Riigikantselei, lk 3
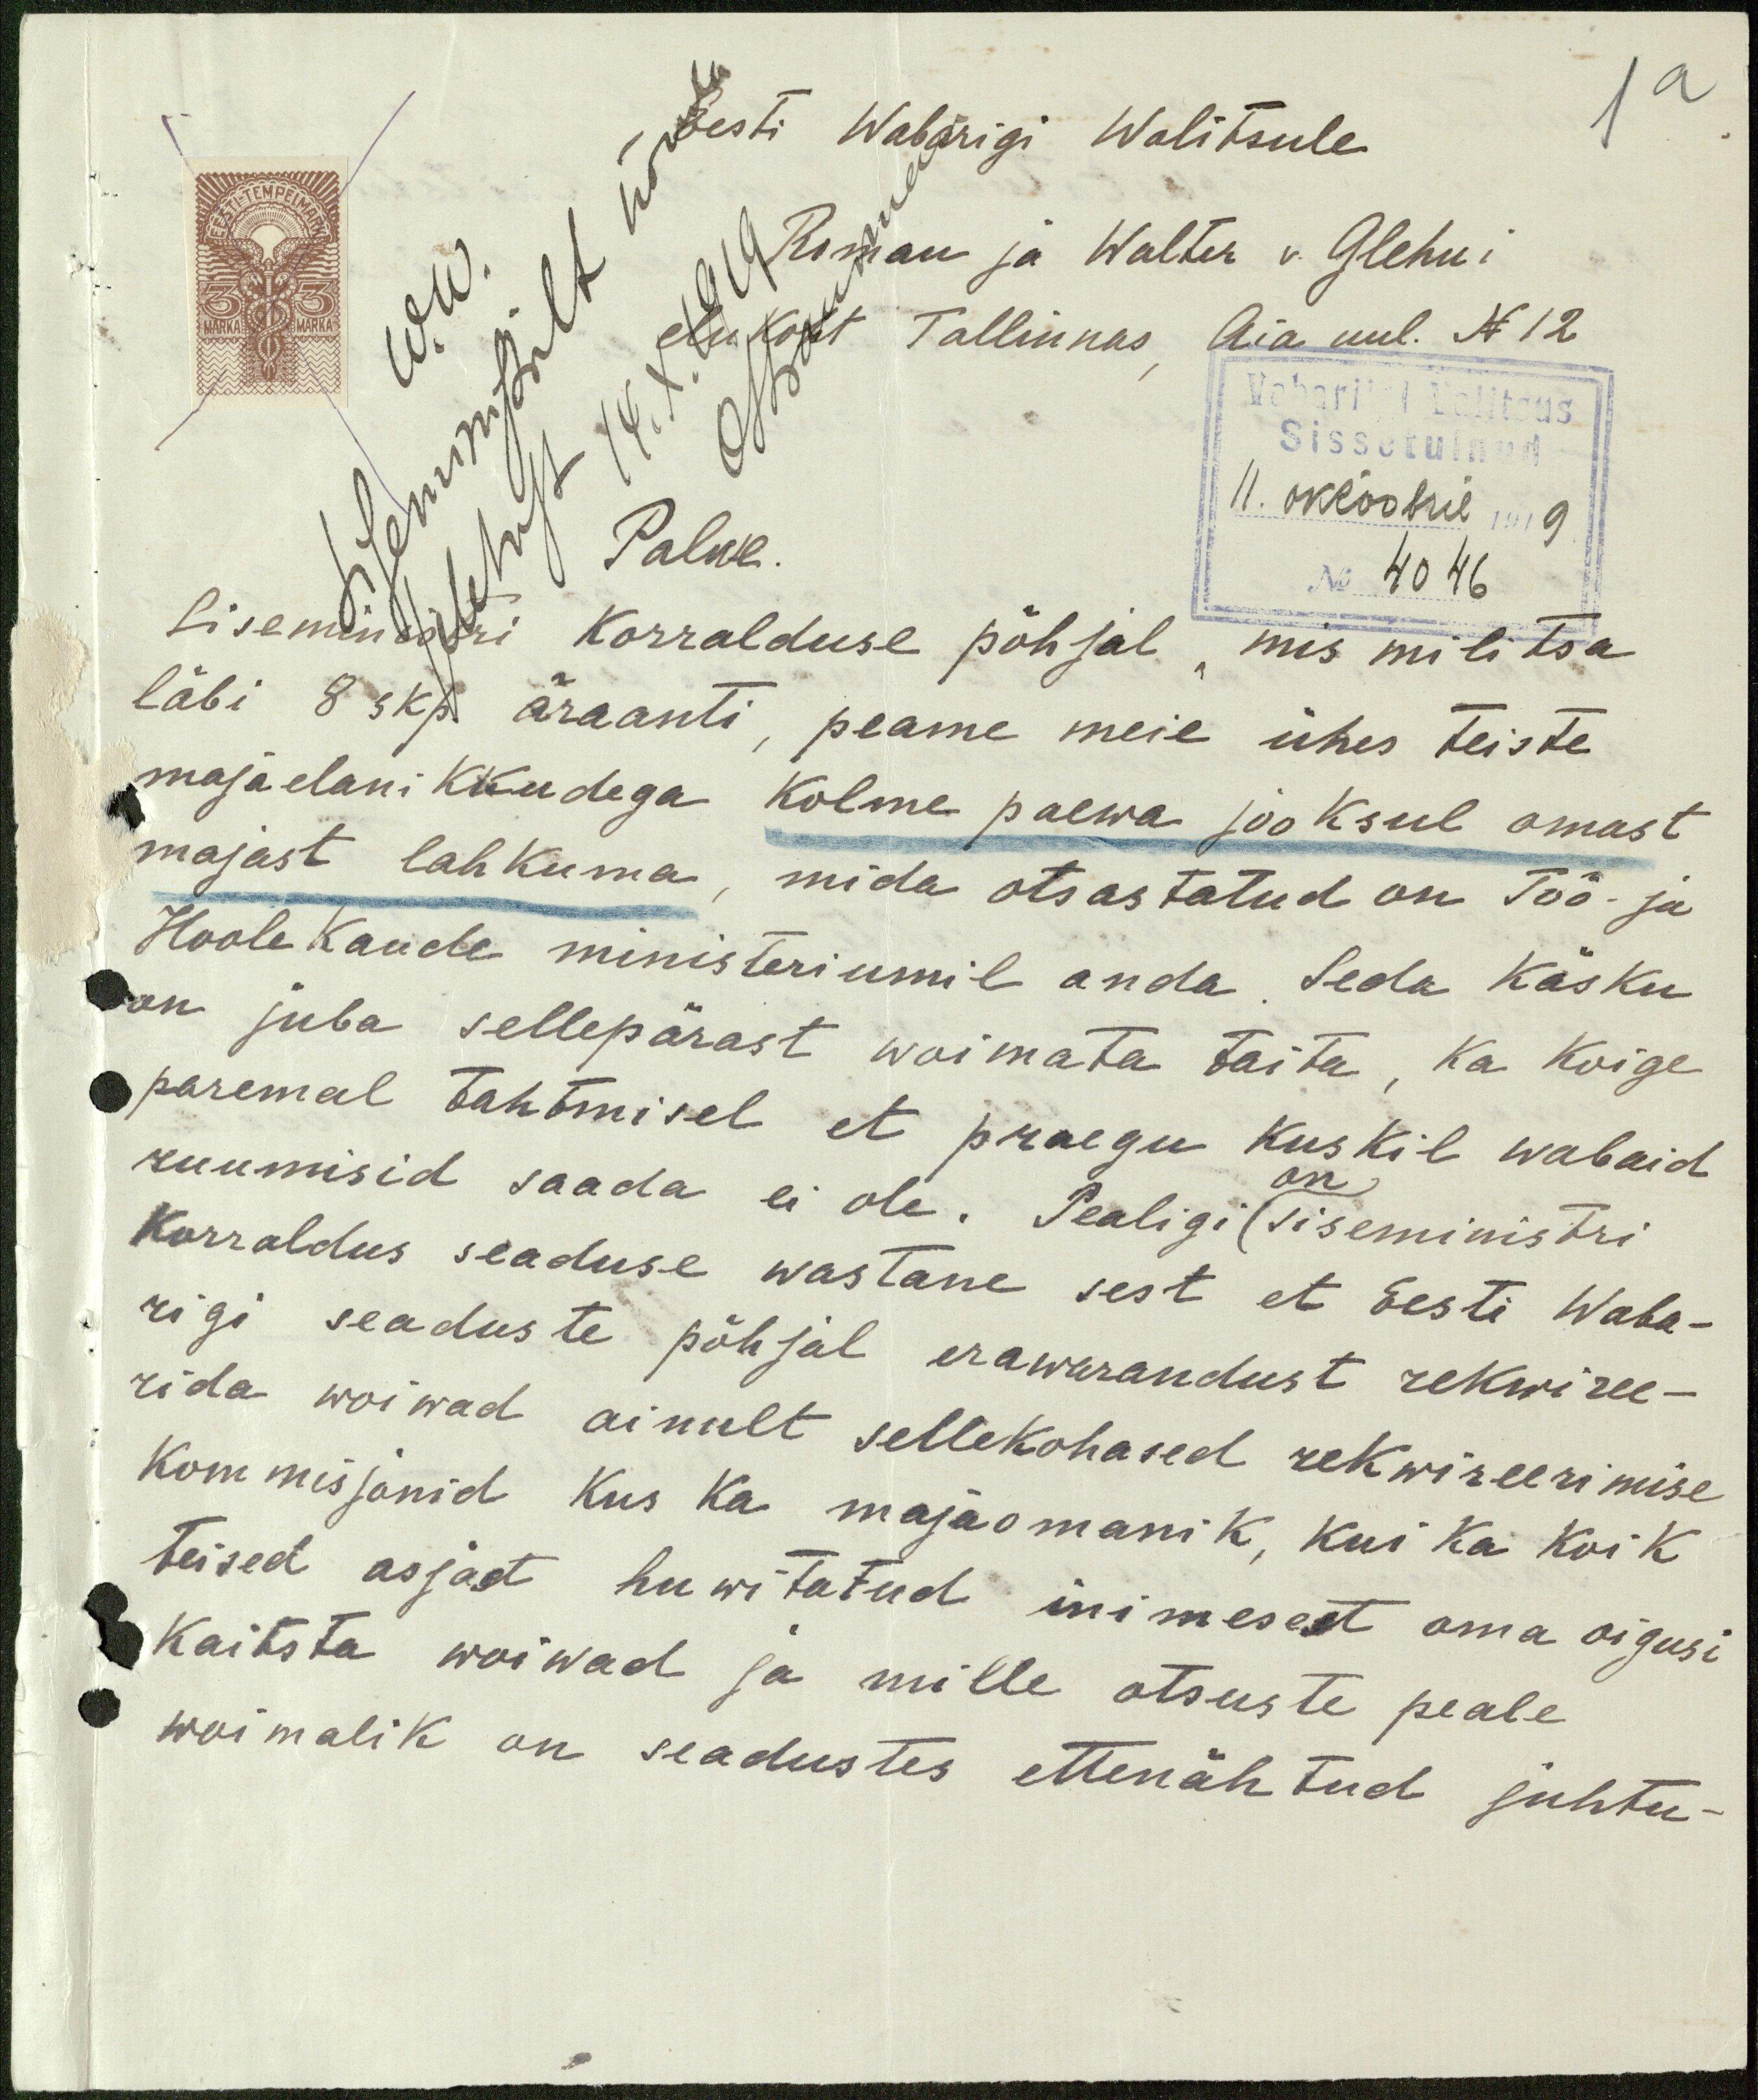
Eesti Wabarigi Walitsule
Roman ja Walter v. Glehni
W.W.
elukoht Tallinnas, Aia uul. N12
Sissetulnud
Palwe.
11. oktoobril 1919
No 4046
Siseministri korralduse põhjal, mis militsa
läbi 8 skp äraanti, peame meie ühes teiste
majaelanikkudega kolme päewa jooksul omast
majast lahkuma, mida otsastatud on Töö- ja
Hoole Kande ministeriumil anda. Seda käsku
on juba sellepärast woimata taita, ka koige
paremal tahtmisel et praegu kuskil wabaid
on
ruumisid saada ei ole. Pealigi siseministri
korraldus seaduse wastane sest et Eesti Waba-
rigi seaduste põhjal erawarandust rekwiree-
rida wõiwad ainult sellekohased rekwireerimise
kommisjonid, kus ka majaomanik, kui ka koik
teised asjast huwitatud inimesest oma oigusi
kaitsta woiwad ja mille otsuste peale
woimalik on seadustes ettenähtud juhtu-